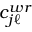
c _ { j \ell } ^ { w r }